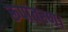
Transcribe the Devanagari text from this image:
रूपांतरण।